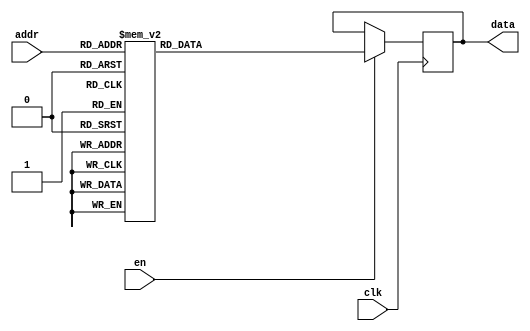
module maprom1(clk, en, addr, data);
	input clk;
	input en;
	input [3:0] addr;
	output reg [7:0] data;

	always @(posedge clk)
	begin
		if(en)
		begin
			case(addr)
				4'b0000: data <= 8'b11111111;
				4'b0001: data <= 8'b10000001;
				4'b0010: data <= 8'b11101111;
				4'b0011: data <= 8'b01100100;
				4'b0100: data <= 8'b11110111;
				4'b0101: data <= 8'b00010001;
				4'b0110: data <= 8'b11110111;
				4'b0111: data <= 8'b10001100;
				4'b1000: data <= 8'b00001000;
				4'b1001: data <= 8'b00111100;
				default: data <= 8'b00000000;
			endcase
		end
	end
endmodule